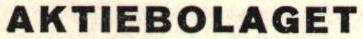
AKTIEBOLAGET